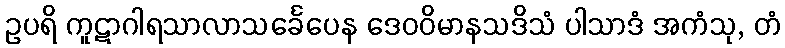
ဥပရိ ကူဋာဂါရသာလာသင်္ခေပေန ဒေဝဝိမာနသဒိသံ ပါသာဒံ အကံသု, တံ